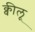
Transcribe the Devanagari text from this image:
क्वीलू